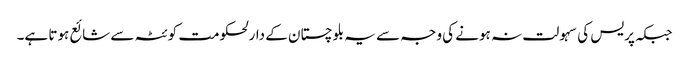
جبکہ پریس کی سہولت نہ ہونے کی وجہ سے یہ بلوچستان کے دارلحکومت کوئٹہ سے شائع ہوتا ہے۔